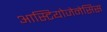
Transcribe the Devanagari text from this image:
आस्टियोजेनेसिस